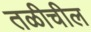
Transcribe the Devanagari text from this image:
तळीचील